Report on sanitation, dispensaries, and jails in Rajputana for 1917, and on vaccination for the year 1917-1918 - 1917-1918
Year: 1917
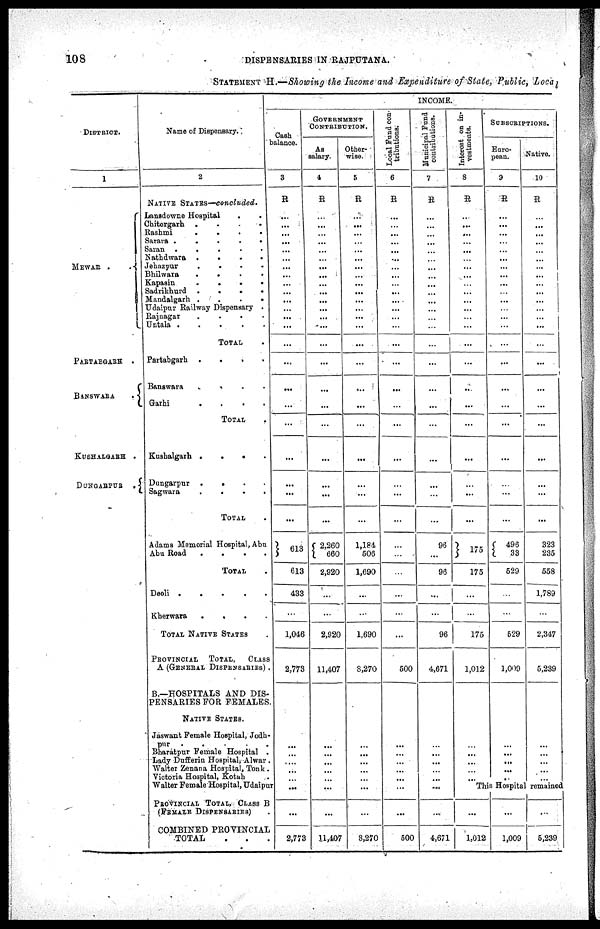
108
DISPENSARIES IN RAJPUTANA.
STATEMENT H.—Showing the Income and Expenditure of State, Public, Local
DISTRICT.
1
MEWAR
..
PARTABGARH
.
BANSWARA
.
KUSHALGARH .
DUNGARPUR
.
Name of Dispensary.
2
NATIVE STATES—concluded.
Lansdowne Hospital
..
Chitorgarh
....
Rashmi
....
Sarara
.....
Saran
.....
Nathdwara
....
Jehazpur
....
Bhilwara
....
Kapasin
....
Sadrikhurd
....
Mandalgarh
....
Udaipur Railway Dispensary .
Rajnagar
....
Untala
.....
TOTAL .
Partabgarh
....
Banswara
....
Garhi
....
TOTAL .
Kushalgarh ....
Dungarpur
....
Sagwara
....
TOTAL .
Adams Memorial Hospital, Abu
Abu Road
....
TOTAL .
Deoli
.....
Kherwara
....
TOTAL NATIVE STATES .
PROVINCIAL
TOTAL,
CLASS
A (GENERAL DISPENSARIES) .
B.—HOSPITALS AND DIS¬
PENSARIES FOR FEMALES.
NATIVE STATES.
Jaswant Female Hospital, Jodh¬
pur
.....
Bharatpur Female Hospital .
Lady Dufferin Hospital, Alwar .
Walter Zenana Hospital, Tonk.
Victoria Hospital, Kotah .
Walter Female Hospital, Udaipur
PROVINCIAL TOTAL, CLASS B
(FEMALE DISPENSARIES)
COMBINED PROVINCIAL
TOTAL ...
INCOME.
Cash
balance.
3
R
...
...
...
...
...
...
...
...
...
...
...
...
...
...
...
...
...
...
...
...
...
...
...
613
613
433
...
1,046
2,773
...
...
...
...
...
...
...
2,773
GOVERNMENT
CONTRIBUTION.
As
salary.
4
R
...
...
...
...
...
...
...
...
...
...
...
...
...
...
...
...
...
...
...
...
...
...
...
2,260
660
2,920
...
...
2,920
11,407
...
...
...
...
...
...
...
11,407
Other-
wise.
5
R
...
...
...
...
...
...
...
...
...
...
...
...
...
...
...
...
...
...
...
...
...
...
...
1,184
506
1,690
...
...
1,690
8,270
...
...
...
...
...
...
...
8,270
Local Fund con-
tributions.
6
R
...
...
...
...
...
...
...
...
...
...
...
...
...
...
...
...
...
...
...
...
...
...
...
...
...
...
...
...
...
500
...
...
...
...
...
...
...
500
Municipal Fund
contributions.
7
R
...
...
...
...
...
...
...
...
...
...
...
...
...
...
...
...
...
...
...
...
...
...
...
96
...
96
...
...
96
4,671
...
...
...
...
...
...
...
4,671
Interest on in¬
vestments.
8
R
...
...
...
...
...
...
...
...
...
...
...
...
...
...
...
...
...
...
...
...
...
...
...
175
175
...
...
175
1,012
...
...
...
...
...
SUBSCRIPTIONS.
Euro-
pean.
9
R
...
...
...
...
...
...
...
...
...
...
...
...
...
...
...
...
...
...
...
...
...
...
...
496
33
529
...
...
529
1,009
...
...
...
...
...
Native.
10
R
...
...
...
...
...
...
...
...
...
...
...
...
...
...
...
...
...
...
...
...
...
...
...
323
235
558
1,789
...
2,347
5,239
...
...
...
...
...
This Hospital remained
...
1,012
...
1,009
...
5,239